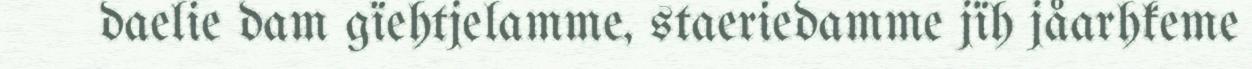
daelie dam gïehtjelamme, staeriedamme jïh jåarhkeme